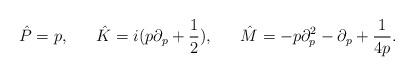
LaTeX: \begin{align*}\hat P = p ,~~~~~\hat K = i (p\partial_p +\frac{1}{2}),~~~~~\hat M= - p\partial^2_p - \partial_p +\frac{1}{4p}.\end{align*}